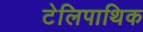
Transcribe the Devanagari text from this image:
टेलिपाथिक